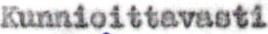
Kunnioittavasti